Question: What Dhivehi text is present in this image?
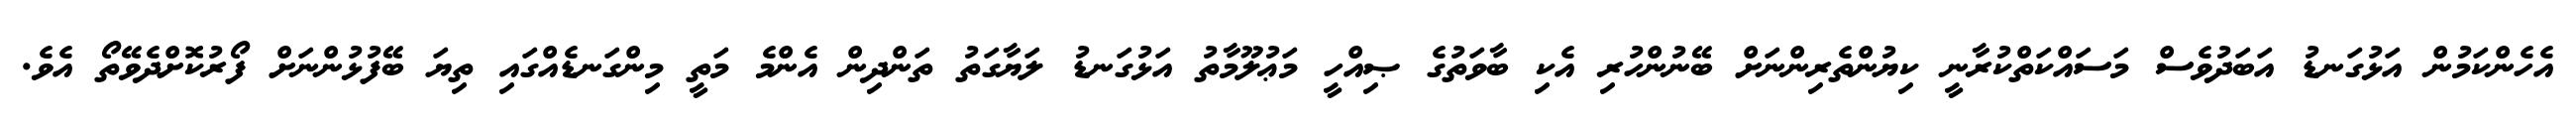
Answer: އެހެންކަމުން އަޅުގަނޑު އަބަދުވެސް މަސައްކަތްކުރާނީ ކިޔުންތެރިންނަށް ބޭނުންހުރި އެކި ބާވަތުގެ ޞިއްހީ މަޢުލޫމާތު އަޅުގަނޑު ލަޔާގަތު ތަންދިން އެންމެ މަތީ މިންގަނޑެއްގައި ތިޔަ ބޭފުޅުންނަށް ފޯރުކޮށްދެވޭތޯ އެވެ.